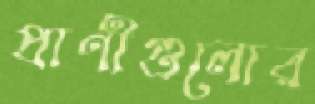
প্রাণীগুলোর